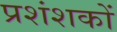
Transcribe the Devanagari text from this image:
प्रशंशकों